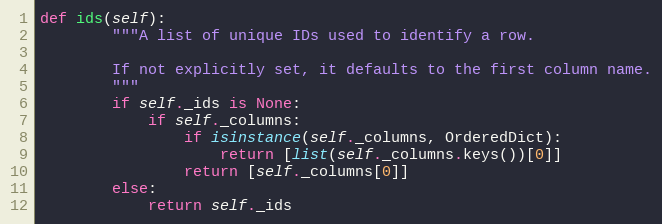
Language: Python
def ids(self):
        """A list of unique IDs used to identify a row.

        If not explicitly set, it defaults to the first column name.
        """
        if self._ids is None:
            if self._columns:
                if isinstance(self._columns, OrderedDict):
                    return [list(self._columns.keys())[0]]
                return [self._columns[0]]
        else:
            return self._ids